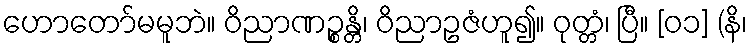
ဟောတော်မမူဘဲ။ ဝိညာဏဉ္စန္တိ၊ ဝိညာဥဇံဟူ၍။ ဝုတ္တံ၊ ပြီ။ [၀၁] (နိ၊